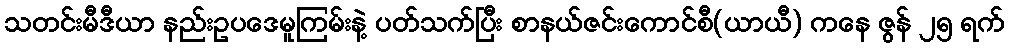
သတင်းမီဒီယာ နည်းဥပဒေမူကြမ်းနဲ့ ပတ်သက်ပြီး စာနယ်ဇင်းကောင်စီ(ယာယီ) ကနေ ဇွန် ၂၅ ရက်